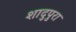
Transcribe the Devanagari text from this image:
शादुपुरा